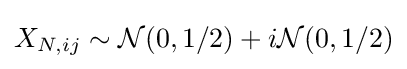
X_{N,ij}\sim {\mathcal {N}}(0,1/2)+i{\mathcal {N}}(0,1/2)